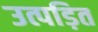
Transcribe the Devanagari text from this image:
उत्पड़ित